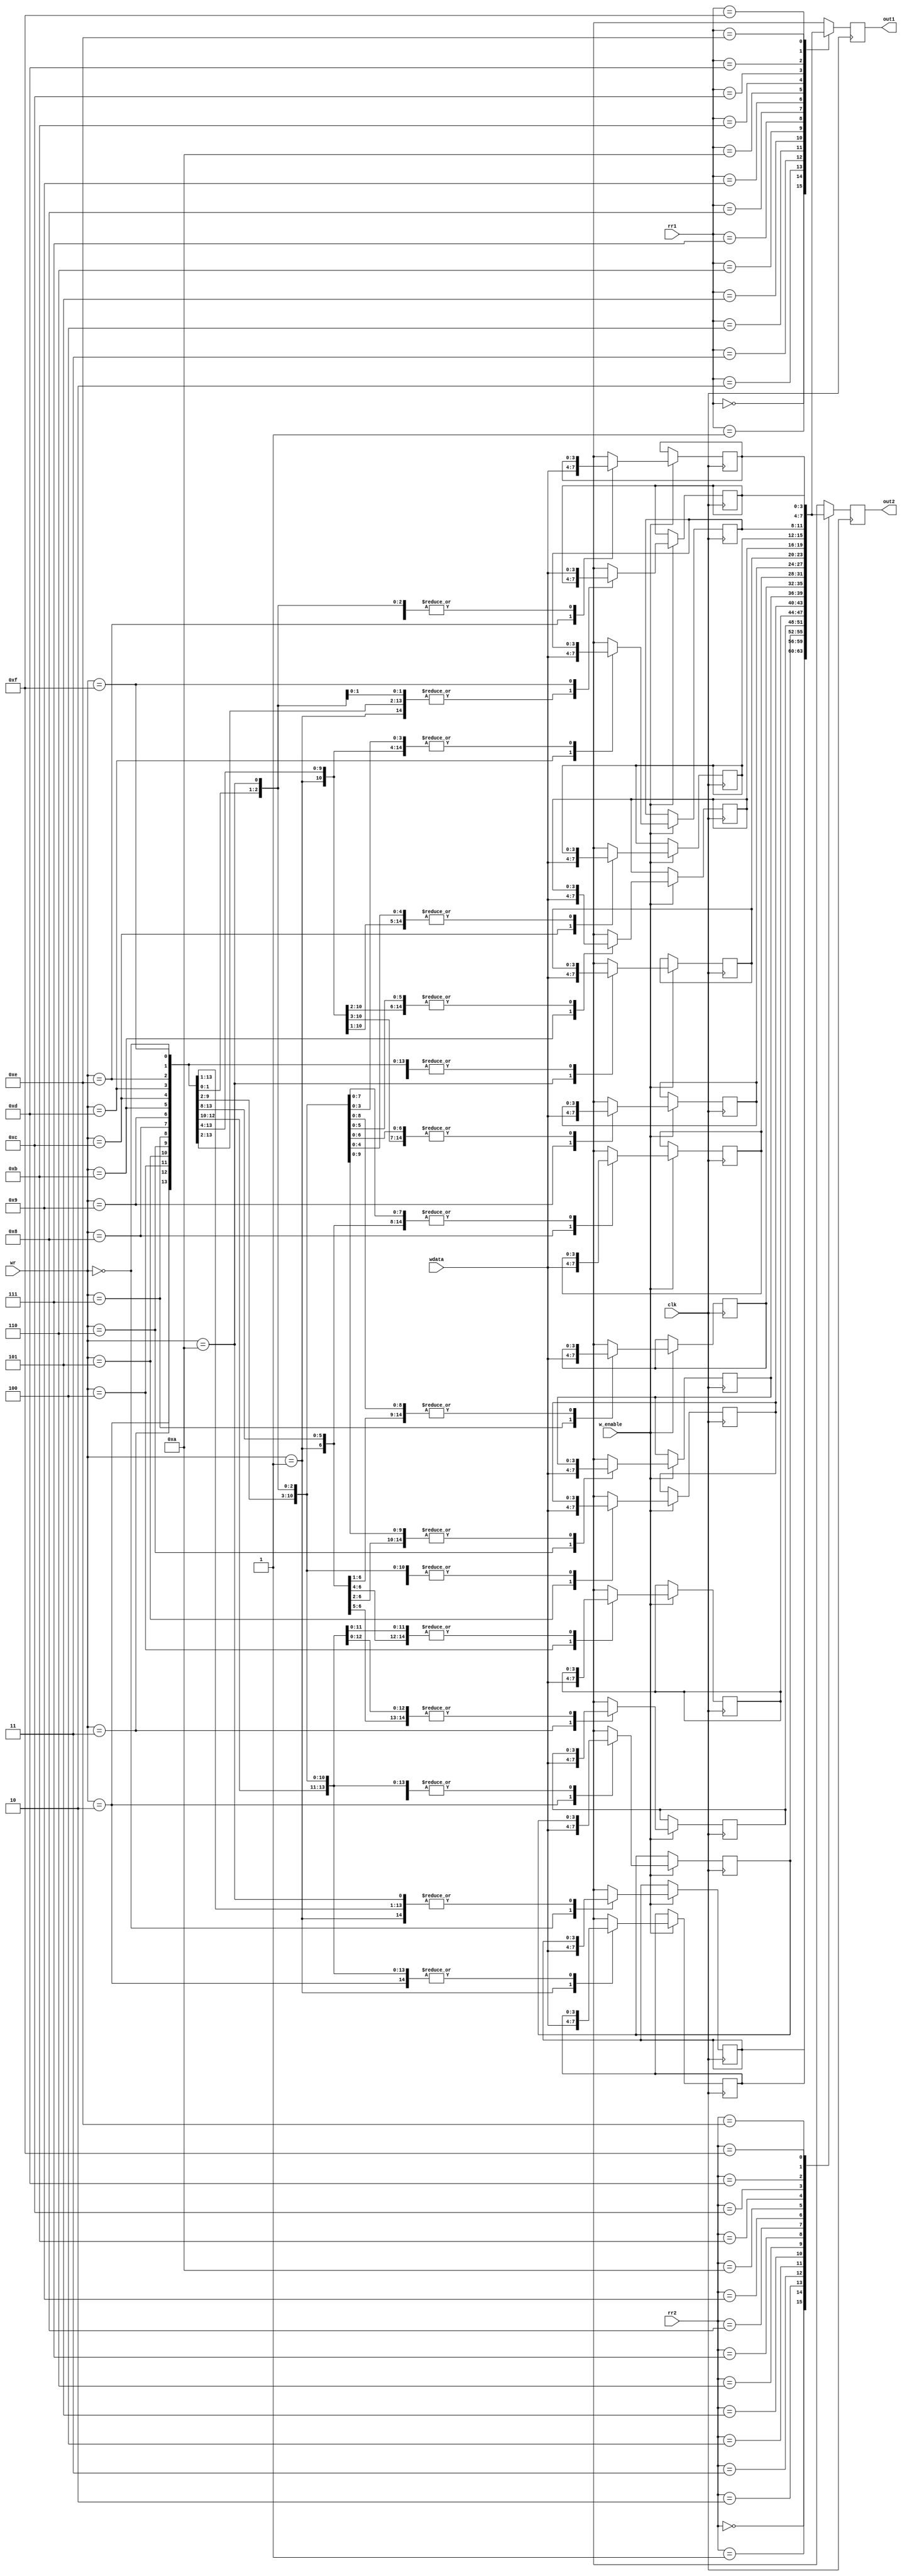
`timescale 1ns / 10ps
module regfile (
	input wire clk, w_enable,
	input wire [3:0] rr1, rr2,
	input wire [3:0] wr, wdata,
	output reg [3:0] out1, out2
);
	reg [3:0] r0;
	reg [3:0] r1;
	reg [3:0] r2;
	reg [3:0] r3;
	reg [3:0] r4;
	reg [3:0] r5;
	reg [3:0] r6;
	reg [3:0] r7;
	reg [3:0] r8;
	reg [3:0] r9;
	reg [3:0] r10;
	reg [3:0] r11;
	reg [3:0] r12;
	reg [3:0] r13;
	reg [3:0] r14;
	reg [3:0] r15;

	always @(posedge clk)
	begin
		case(rr1)
		0: out1 = r0;
		1: out1 = r1;
		2: out1 = r2;
		3: out1 = r3;
		4: out1 = r4;
		5: out1 = r5;
		6: out1 = r6;
		7: out1 = r7;
		8: out1 = r8;
		9: out1 = r9;
		10: out1 = r10;
		11: out1 = r11;
		12: out1 = r12;
		13: out1 = r13;
		14: out1 = r14;
		15: out1 = r15;
		default: out1 = r0;
		endcase
		case(rr2)
		0: out2 = r0;
		1: out2 = r1;
		2: out2 = r2;
		3: out2 = r3;
		4: out2 = r4;
		5: out2 = r5;
		6: out2 = r6;
		7: out2 = r7;
		8: out2 = r8;
		9: out2 = r9;
		10: out2 = r10;
		11: out2 = r11;
		12: out2 = r12;
		13: out2 = r13;
		14: out2 = r14;
		15: out2 = r15;
		default: out2 = r0;
		endcase
		if (w_enable == 1)
		begin
			case(wr)
			0: r0 = wdata;
			1: r1 = wdata;
			2: r2 = wdata;
			3: r3 = wdata;
			4: r4 = wdata;
			5: r5 = wdata;
			6: r6 = wdata;
			7: r7 = wdata;
			8: r8 = wdata;
			9: r9 = wdata;
			10: r10 = wdata;
			11: r11 = wdata;
			12: r12 = wdata;
			13: r13 = wdata;
			14: r14 = wdata;
			15: r15 = wdata;
			default: r0 = wdata;
			endcase
		end
	end
endmodule